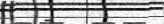
-